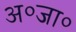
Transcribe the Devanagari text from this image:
अ०जा०